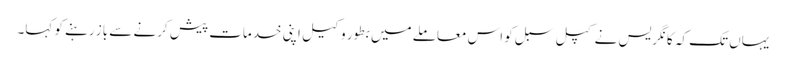
یہاں تک کہ کانگریس نے کپل سبل کو اس معاملے میں بطور وکیل اپنی خدمات پیش کرنے سے باز رہنے کو کہا۔